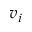
v _ { i }